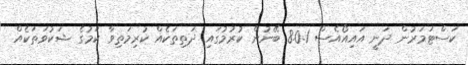
ކަސްޓަމަރުން ދަނީ އައިއޯއެސް 8.0.1 ބޭނުން ކުރުމުގައި ދަތިތަކެއް ކުރިމަތިވާ ކަމުގެ ޝަކުވަތަކެއް